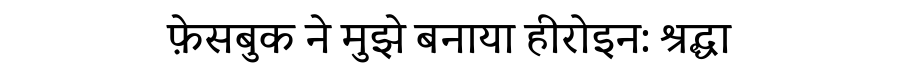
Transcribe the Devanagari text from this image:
फ़ेसबुक ने मुझे बनाया हीरोइन: श्रद्धा